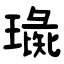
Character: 璏